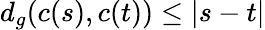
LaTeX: d_{g}(c(s),c(t))\leq|s-t|